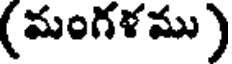
(మంగళము)